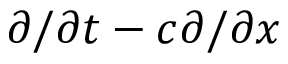
\partial / \partial t - c \partial / \partial x